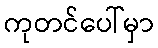
ကုတင်ပေါ်မှာ